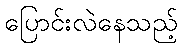
ပြောင်းလဲနေသည့်